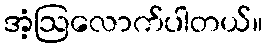
အံ့ဩလောက်ပါတယ်။